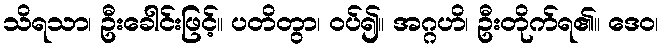
သိရသာ၊ ဦးခေါင်းဖြင့်။ ပတိတွာ၊ ဝပ်၍။ အဂ္ဂဟိ၊ ဦးတိုက်ရ၏။ ဒေဝ၊